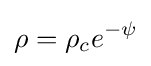
\rho =\rho _{c}e^{-\psi }